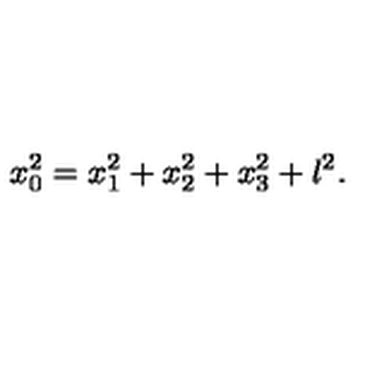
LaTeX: x _ { 0 } ^ { 2 } = x _ { 1 } ^ { 2 } + x _ { 2 } ^ { 2 } + x _ { 3 } ^ { 2 } + l ^ { 2 } .